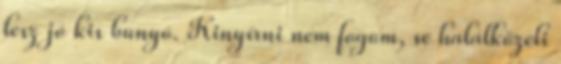
lesz jó kis bunyó. Kinyírni nem fogom, se halálközeli